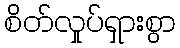
စိတ်လှုပ်ရှားစွာ